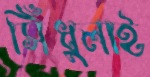
সিঁধুলাই